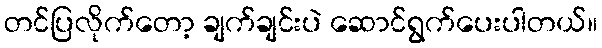
တင်ပြလိုက်တော့ ချက်ချင်းပဲ ဆောင်ရွက်ပေးပါတယ်။